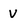
Character: v